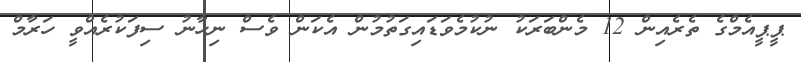
ޕީޕީއެމްގެ ތެރެއިން 12 މެންބަރަކު ނުކުމެވަޑައިގަތުމުން އެކަން ވެސް ނިހާނު ސިފަކުރެއްވީ ހަރާމް